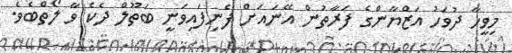
މިވީހާ ދުވަހު އަޒްޔާންގެ ފަރާތުން އޭނައަށް ފެނިފައިވަނީ ބަތޫލް ދެކެ ވާ ލޯތްބެވެ.